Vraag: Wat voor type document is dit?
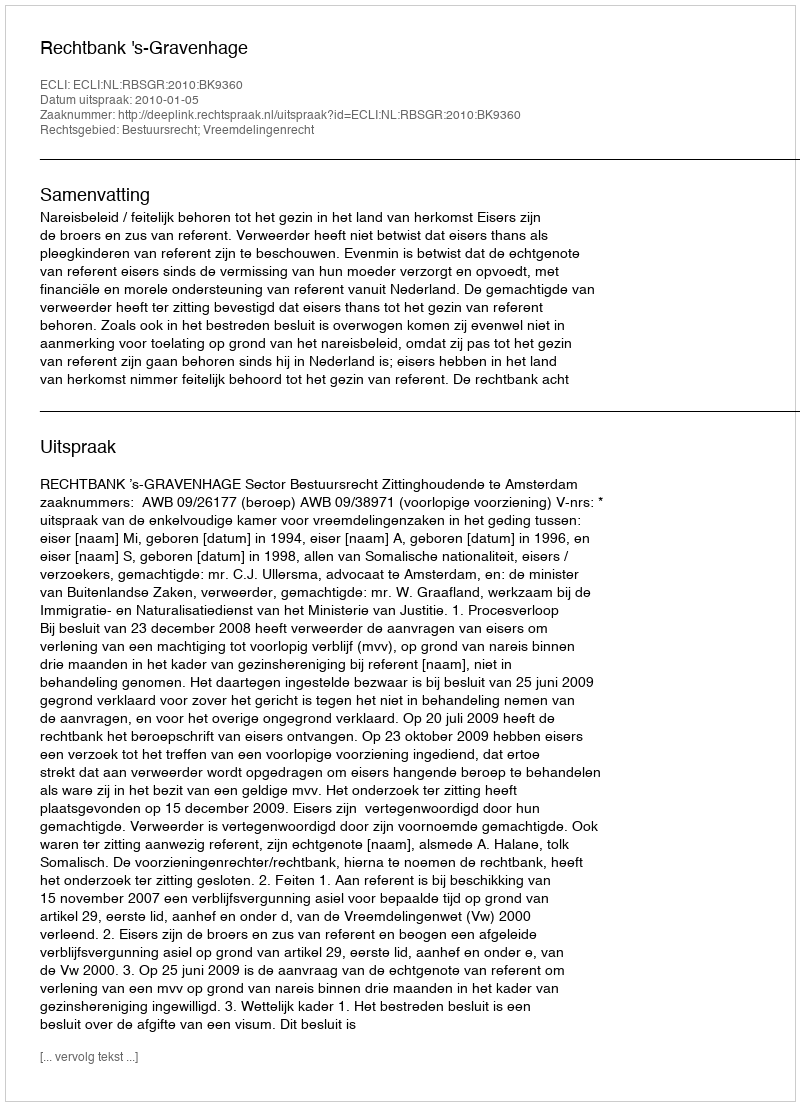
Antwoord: Uitspraak